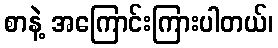
စာနဲ့ အကြောင်းကြားပါတယ်၊